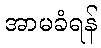
အာမခံရန်